Civil Veterinary Department Bihar reports 1936-40 - 1936-1940
Year: 1936
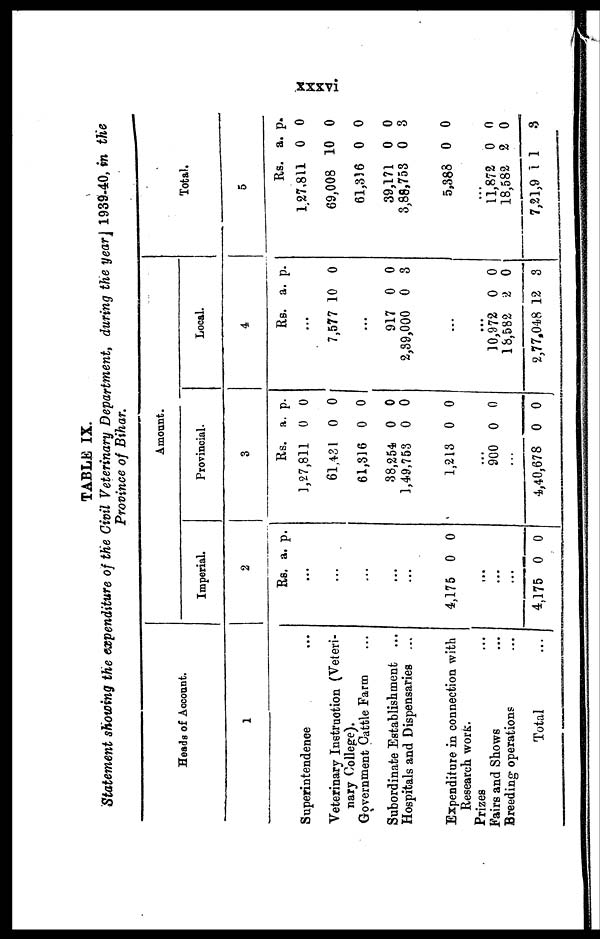
xxxvi
TABLE IX.
Statement showing the expenditure of the Civil Veterinary Department, during the year 1939-40, in the
Province of Bihar.
Heads of Account.
1
Superintendence ...
Veterinary Instruction (Veteri-
nary College).
Government Cattle Farm ...
Subordinate Establishment ...
Hospitals and Dispensaries ...
Expenditure in connection with
Research work.
Prizes ...
Fairs and Shows ...
Breeding operations ...
Total ...
Amount.
Imperial.
2
Rs. a. p.
...
...
...
...
4,175 0 0
...
...
...
...
4,175 0 0
Provincial.
3
Rs.
1,27,811
61,431
61,316
38,254
1,49,753
1,213
...
...
900
...
4,40,678
a.
0
0
0
0
0
0
0
0
p.
0
0
0
0
0
0
0
0
Local.
4
Rs.
...
7,577
...
917
2,39,000
...
...
...
10,972
18,582
2,77,048
a.
10
0
0
0
2
12
p.
0
0
3
0
0
3
Total.
5
Rs.
1,27,811
69,008
61,336
39,171
3,88,753
5,388
...
...
11,872
18,582
7,21,9 1
a.
0
10
0
0
0
0
0
2
1
p.
0
0
0
0
3
0
0
0
3